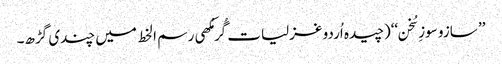
’’ سازو سوزِ سُخن‘‘(چیدہ اُردو غزلیات گُرمُکھی رسم ا لخط میں چندی گڑھ۔